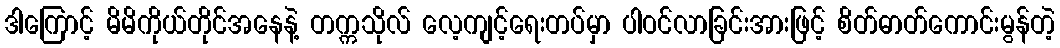
ဒါကြောင့် မိမိကိုယ်တိုင်အနေနဲ့ တက္ကသိုလ် လေ့ကျင့်ရေးတပ်မှာ ပါဝင်လာခြင်းအားဖြင့် စိတ်ဓာတ်ကောင်းမွန်တဲ့